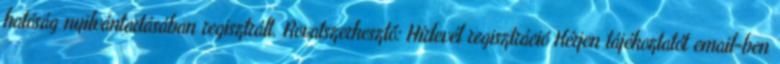
hatóság nyilvántartásában regisztrált. Rovatszerkesztő: Hírlevél regisztráció Kérjen tájékoztatót email-ben